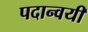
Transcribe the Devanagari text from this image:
पदान्वयी